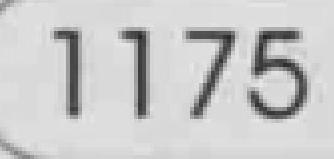
1175